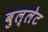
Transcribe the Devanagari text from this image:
बुल्लेट